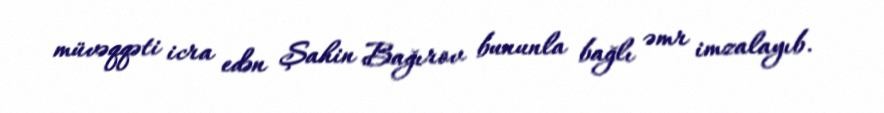
müvəqqəti icra edən Şahin Bağırov bununla bağlı əmr imzalayıb.